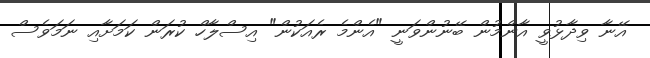
އޭނާ ވިދާޅުވީ އާންމުން ބޭނުންވަނީ "އެންމެ ރެއަކުން" އިސްލާހް ކުރަން ކަމަށާއި ނަމަވެސް